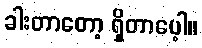
ခါးတာတော့ ရှိတာပေ့ါ။